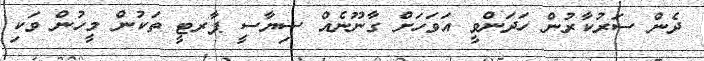
ދެން ސަރުކާރުން ހަދަންވީ އަަވަހަށް ގާނޫނެއް ސިޔާސީ ޕާރޓީ ތަކުން މީހުން ވަކި